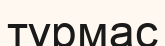
тұрмас